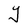
Character: Y